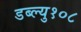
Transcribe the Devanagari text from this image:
डब्ल्यु१०८